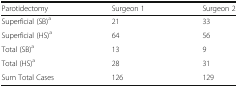
<table><thead><tr><td><b>Parotidectomy</b></td><td><b>Surgeon 1</b></td><td><b>Surgeon 2</b></td></tr></thead><tbody><tr><td>Superficial (SB)<sup>a</sup></td><td>21</td><td>33</td></tr><tr><td>Superficial (HS)<sup>a</sup></td><td>64</td><td>56</td></tr><tr><td>Total (SB)<sup>a</sup></td><td>13</td><td>9</td></tr><tr><td>Total (HS)<sup>a</sup></td><td>28</td><td>31</td></tr><tr><td>Sum Total Cases</td><td>126</td><td>129</td></tr></tbody></table>